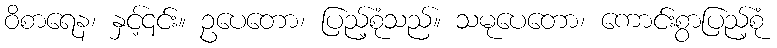
ဝိစာရေန၊ နှင့်၎င်း။ ဥပေတော၊ ပြည့်စုံသည်။ သမုပေတော၊ ကောင်းစွာပြည့်စုံ